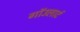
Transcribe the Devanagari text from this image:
गाॅउलार्ट